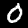
Digit: 0